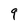
Character: 9